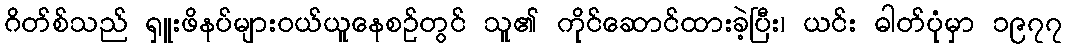
ဂိတ်စ်သည် ရှူးဖိနပ်များဝယ်ယူနေစဉ်တွင် သူ၏ ကိုင်ဆောင်ထားခဲ့ပြီး၊ ယင်း ဓါတ်ပုံမှာ ၁၉၇၇